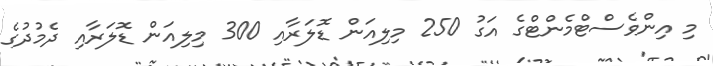
މި އިންވެސްޓްމެންޓްގެ އަގު 250 މިލިއަން ޑޮލަރާއި 300 މިލިއަން ޑޮލަރާއި ދެމުދުގެ